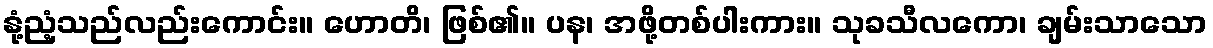
နုံ့ညံ့သည်လည်းကောင်း။ ဟောတိ၊ ဖြစ်၏။ ပန၊ အဖို့တစ်ပါးကား။ သုခသီလကော၊ ချမ်းသာသော